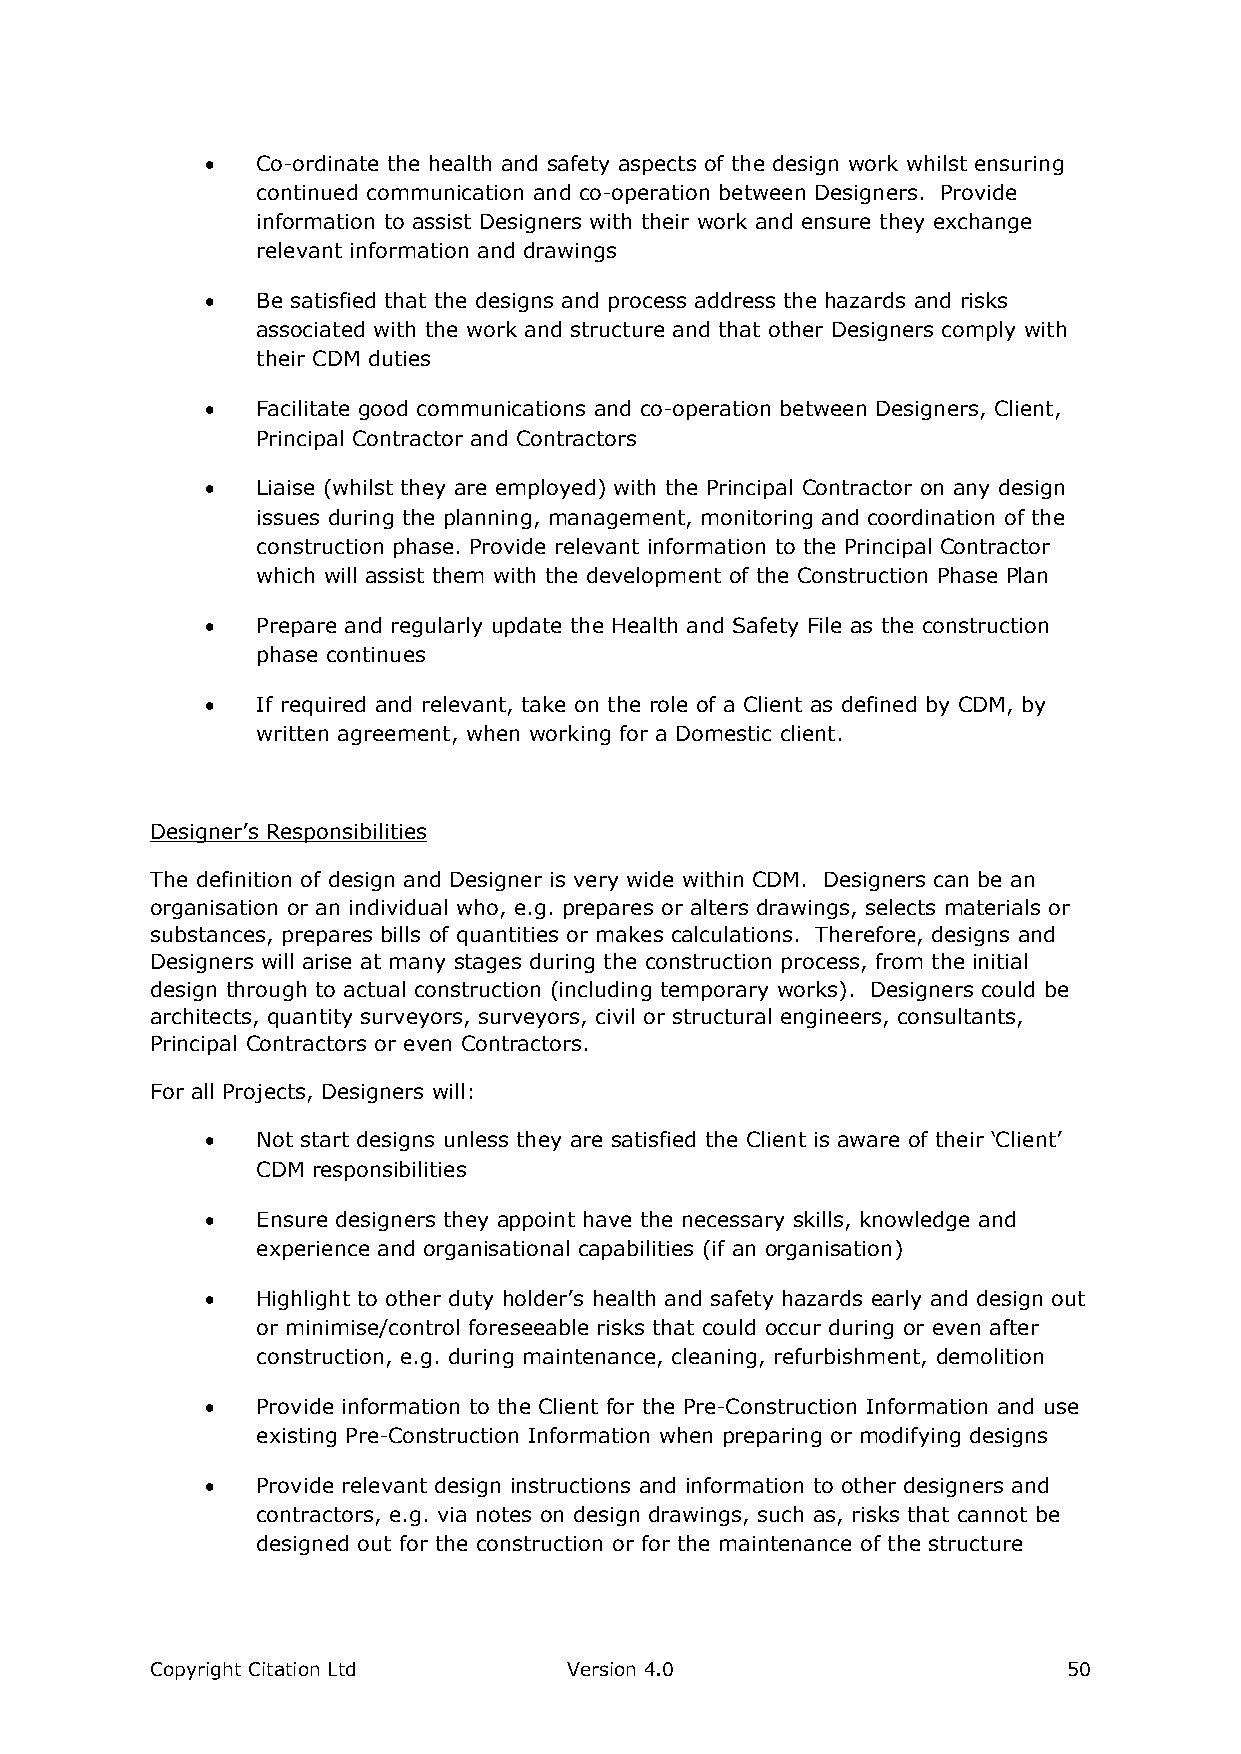
  Co-ordinate the health and safety aspects of the design work whilst ensuring
 continued communication and co-operation between Designers. Provide
 information to assist Designers with their work and ensure they exchange
 relevant information and drawings
   Be satisfied that the designs and process address the hazards and risks
 associated with the work and structure and that other Designers comply with
 their CDM duties
   Facilitate good communications and co-operation between Designers, Client,
 Principal Contractor and Contractors
   Liaise (whilst they are employed) with the Principal Contractor on any design
 issues during the planning, management, monitoring and coordination of the
 construction phase. Provide relevant information to the Principal Contractor
 which will assist them with the development of the Construction Phase Plan
   Prepare and regularly update the Health and Safety File as the construction
 phase continues
   If required and relevant, take on the role of a Client as defined by CDM, by
 written agreement, when working for a Domestic client.
 Designer’s Responsibilities
 The definition of design and Designer is very wide within CDM. Designers can be an
 organisation or an individual who, e.g. prepares or alters drawings, selects materials or
 substances, prepares bills of quantities or makes calculations. Therefore, designs and
 Designers will arise at many stages during the construction process, from the initial
 design through to actual construction (including temporary works). Designers could be
 architects, quantity surveyors, surveyors, civil or structural engineers, consultants,
 Principal Contractors or even Contractors.
 For all Projects, Designers will:
   Not start designs unless they are satisfied the Client is aware of their ‘Client’
 CDM responsibilities
   Ensure designers they appoint have the necessary skills, knowledge and
 experience and organisational capabilities (if an organisation)
   Highlight to other duty holder’s health and safety hazards early and design out
 or minimise/control foreseeable risks that could occur during or even after
 construction, e.g. during maintenance, cleaning, refurbishment, demolition
   Provide information to the Client for the Pre-Construction Information and use
 existing Pre-Construction Information when preparing or modifying designs
   Provide relevant design instructions and information to other designers and
 contractors, e.g. via notes on design drawings, such as, risks that cannot be
 designed out for the construction or for the maintenance of the structure
 Copyright Citation Ltd      Version 4.0                      50